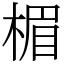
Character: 楣